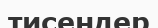
тисеңдер